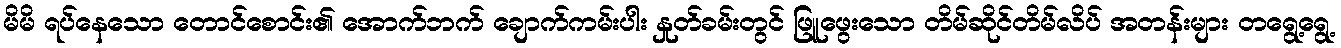
မိမိ ရပ်နေသော တောင်စောင်း၏ အောက်ဘက် ချောက်ကမ်းပါး နှုတ်ခမ်းတွင် ဖြူဖွေးသော တိမ်ဆိုင်တိမ်လိပ် အတန်းများ တရွေ့ရွေ့